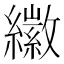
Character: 𦆮